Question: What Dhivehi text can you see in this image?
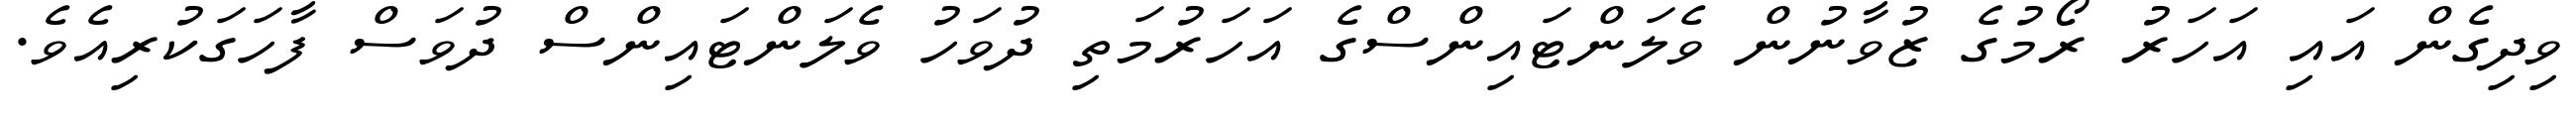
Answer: ވިދިގެން އައި އަހަރު ރޯމުގެ ޒުވާނުން ވެލަންޓައިންސްގެ އަހަރުމަތި ދުވަހު ވެލަންޓައިންސް ދުވަސް ފާހަގަކުރިއެވެ.